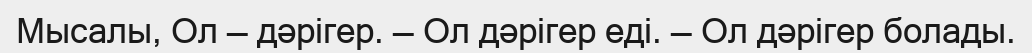
Мысалы, Ол — дәрігер. — Ол дәрігер еді. — Ол дәрігер болады.